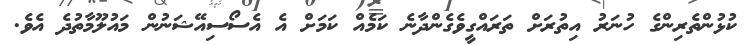
ކުޅުންތެރިންގެ ހުނަރު އިތުރަށް ތަރައްގީވެގެންދާނެ ކަމެއް ކަމަށް އެ އެސޯސިއޭޝަނުން މައުލޫމާތުދެ އެވެ.